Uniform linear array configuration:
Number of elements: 64
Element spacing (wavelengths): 1
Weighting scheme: blackman
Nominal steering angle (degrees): -45
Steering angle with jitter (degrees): -46.849
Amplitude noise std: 0.05
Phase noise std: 0.05

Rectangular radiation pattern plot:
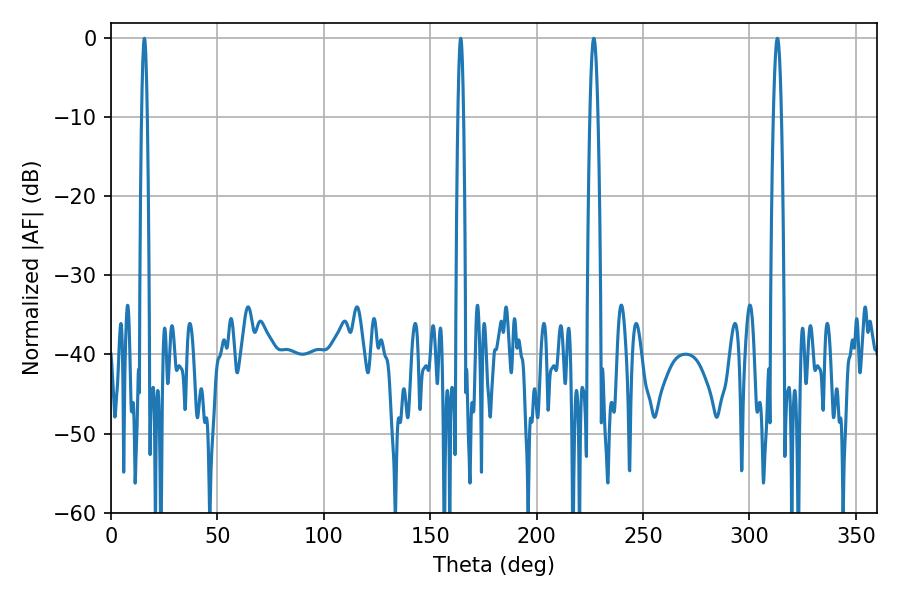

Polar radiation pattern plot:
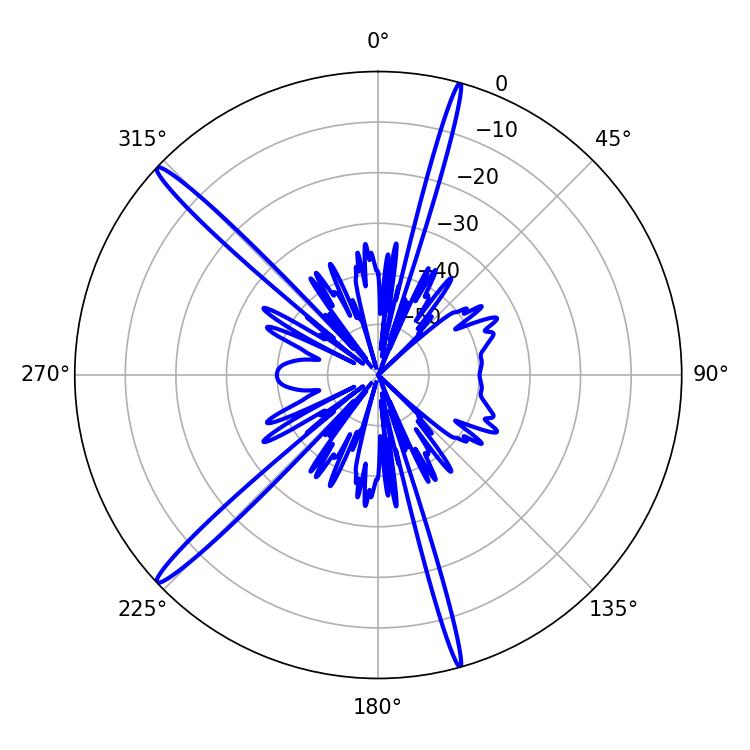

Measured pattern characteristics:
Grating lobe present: TRUE
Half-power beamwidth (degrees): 1.44
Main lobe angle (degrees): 15.66